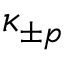
\kappa _ { \pm p }